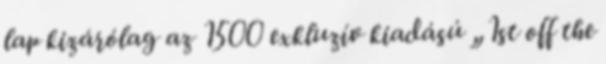
lap kizárólag az 1500 exkluzív kiadású „1st off the